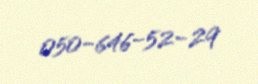
050-646-52-29